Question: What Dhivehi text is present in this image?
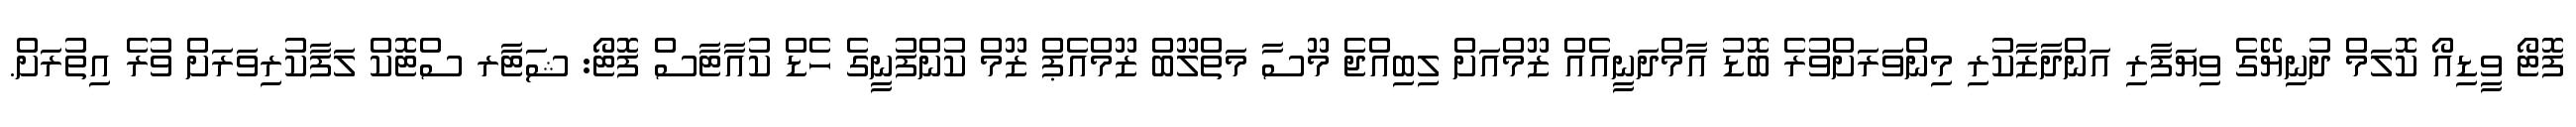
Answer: ފޮޓޯ ވީޑިއޯ ކޮލަމް ދުނިޔޭގެ ވިޔަފާރި އަންދާޒާކުރި މިންވަރަށްވުރެ ބޮޑު އާމްދަނީއެއް ޒޫމްއަށް ލިބިއްޖެ މޫސާ މަތްލޫބް ޒޫމްއެޕް ޒޫމް ކުންފުނީގެ ހެޑް ކުއާޓާސް ފޮޓޯ: ޝަޓާރ ސްޓޮކް ލަފާކުރިވަރަށް ވުރެ އިތުރަށް.